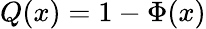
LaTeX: Q(x)=1-\Phi(x)